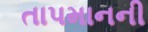
તાપમાનની